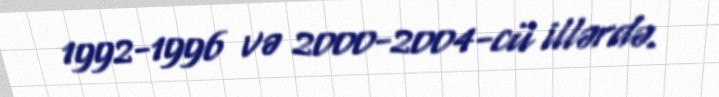
1992-1996 və 2000-2004-cü illərdə.